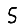
Digit: 5